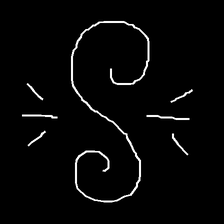
Glyph: wind-directs-air